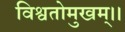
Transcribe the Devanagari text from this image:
विश्वतोमुखम्‌।।